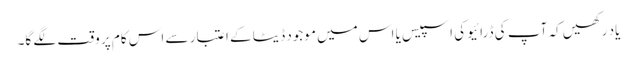
یاد رکھیں کہ آپ کی ڈرائیو کی اسپیس یا اس میں موجود ڈیٹا کے اعتبار سے اس کام پر وقت لگے گا۔